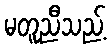
မတူညီသည့်